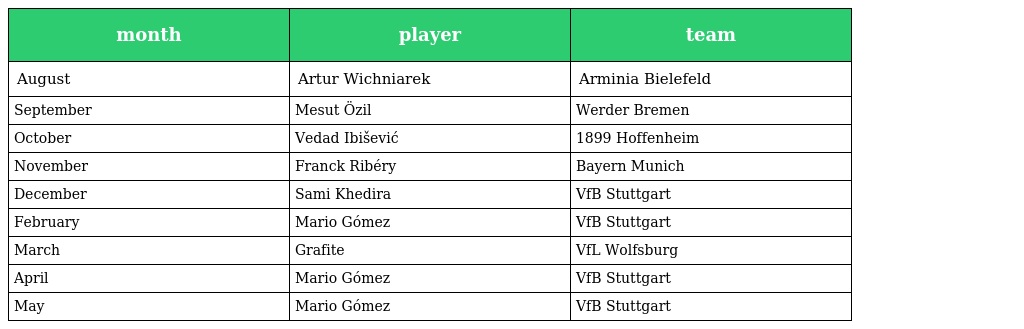
| month | player | team |
 | --- | --- | --- |
 | August | Artur Wichniarek | Arminia Bielefeld |
 | September | Mesut Özil | Werder Bremen |
 | October | Vedad Ibišević | 1899 Hoffenheim |
 | November | Franck Ribéry | Bayern Munich |
 | December | Sami Khedira | VfB Stuttgart |
 | February | Mario Gómez | VfB Stuttgart |
 | March | Grafite | VfL Wolfsburg |
 | April | Mario Gómez | VfB Stuttgart |
 | May | Mario Gómez | VfB Stuttgart |